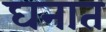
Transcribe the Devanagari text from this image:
घनात